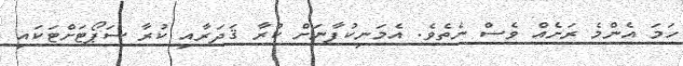
ހަމަ އެންމެ ރަށެއް ވެސް ނެތެވެ. އެމަނިކުފާނަށް ކުރާ ޤަދަރާއި ކުރާ ސަޕޯޓަށްޓަކައި